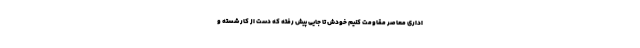
اداری معاصر مقاومت کنیم خودش تا جایی پیش رفته که دست از کار شسته و